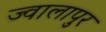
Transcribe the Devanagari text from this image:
ज्‍वालापुर